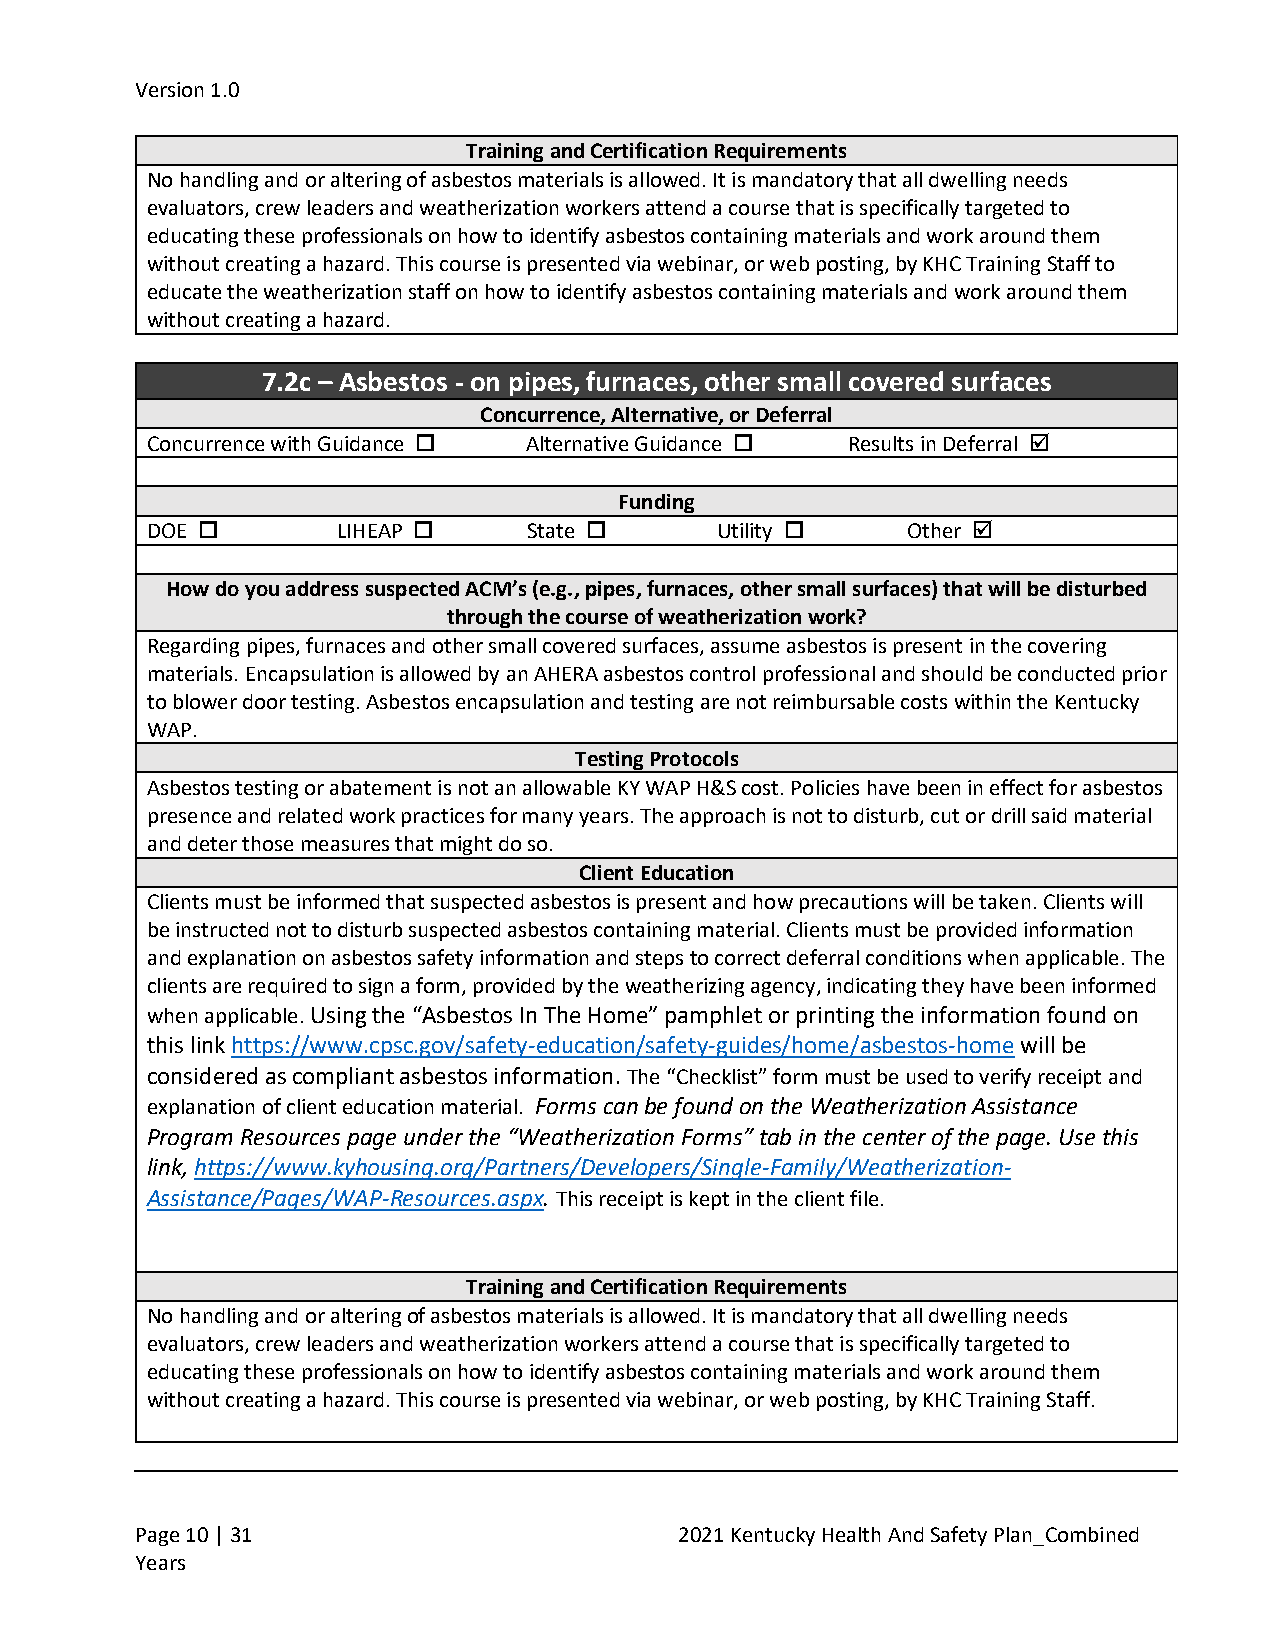
Version 1.0
 Training and Certification Requirements
 No handling and or altering of asbestos materials is allowed. It is mandatory that all dwelling needs
 evaluators, crew leaders and weatherization workers attend a course that is specifically targeted to
 educating these professionals on how to identify asbestos containing materials and work around them
 without creating a hazard. This course is presented via webinar, or web posting, by KHC Training Staff to
 educate the weatherization staff on how to identify asbestos containing materials and work around them
 without creating a hazard.
 7.2c – Asbestos - on pipes, furnaces, other small covered surfaces
 Concurrence, Alternative, or Deferral
 Concurrence with Guidance  Alternative Guidance  Results in Deferral 
 Funding
 DOE        LIHEAP      State      Utility     Other 
 How do you address suspected ACM’s (e.g., pipes, furnaces, other small surfaces) that will be disturbed
 through the course of weatherization work?
 Regarding pipes, furnaces and other small covered surfaces, assume asbestos is present in the covering
 materials. Encapsulation is allowed by an AHERA asbestos control professional and should be conducted prior
 to blower door testing. Asbestos encapsulation and testing are not reimbursable costs within the Kentucky
 WAP.
 Testing Protocols
 Asbestos testing or abatement is not an allowable KY WAP H&S cost. Policies have been in effect for asbestos
 presence and related work practices for many years. The approach is not to disturb, cut or drill said material
 and deter those measures that might do so.
 Client Education
 Clients must be informed that suspected asbestos is present and how precautions will be taken. Clients will
 be instructed not to disturb suspected asbestos containing material. Clients must be provided information
 and explanation on asbestos safety information and steps to correct deferral conditions when applicable. The
 clients are required to sign a form, provided by the weatherizing agency, indicating they have been informed
 when applicable. Using the “Asbestos In The Home” pamphlet or printing the information found on
 this link https://www.cpsc.gov/safety-education/safety-guides/home/asbestos-home will be
 considered as compliant asbestos information. The “Checklist” form must be used to verify receipt and
 explanation of client education material. Forms can be found on the Weatherization Assistance
 Program Resources page under the “Weatherization Forms” tab in the center of the page. Use this
 link, https://www.kyhousing.org/Partners/Developers/Single-Family/Weatherization-
 Assistance/Pages/WAP-Resources.aspx. This receipt is kept in the client file.
 Training and Certification Requirements
 No handling and or altering of asbestos materials is allowed. It is mandatory that all dwelling needs
 evaluators, crew leaders and weatherization workers attend a course that is specifically targeted to
 educating these professionals on how to identify asbestos containing materials and work around them
 without creating a hazard. This course is presented via webinar, or web posting, by KHC Training Staff.
 Page 10 | 31                        2021 Kentucky Health And Safety Plan_Combined
 Years